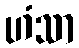
ဟံသာ